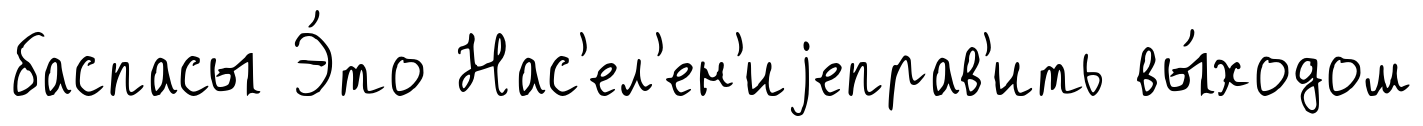
баспасы Э́то Нас'ел'ен'иjеправ'ить вы́ходом